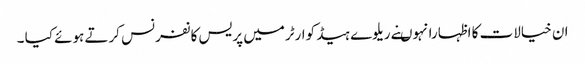
ان خیالات کا اظہارانہوںنے ریلوے ہیڈ کوارٹرمیں پریس کانفرنس کرتے ہوئے کیا ۔